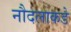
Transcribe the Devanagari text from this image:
नौदलाकडे